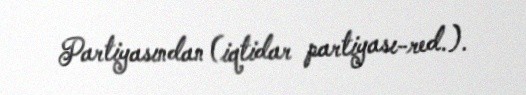
Partiyasından (iqtidar partiyası-red.).